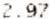
2.97